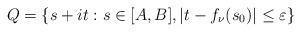
LaTeX: \begin{align*}Q=\{s+it:s\in[A,B],|t-f_{\nu}(s_{0})|\le\varepsilon\}\end{align*}